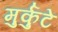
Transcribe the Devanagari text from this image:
मुर्कुटे